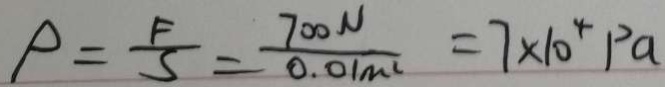
P = \frac { F } { S } = \frac { 7 0 0 N } { 0 . 0 1 m ^ { 2 } } = 7 \times 1 0 ^ { 4 } P a